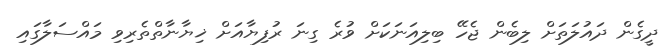
ދީގެން ދައުލަތަށް ލިބެން ޖެހޭ ބިލިއަނަކަށް ވުރެ ގިނަ ރުފިޔާއަށް ޚިޔާނާތްތެރިވި މައްސަލާގައި